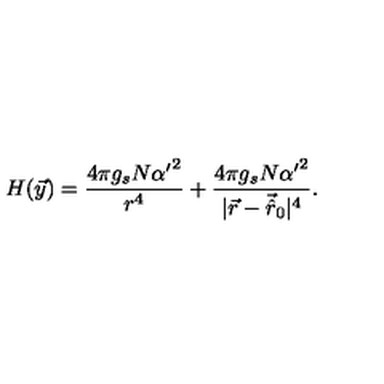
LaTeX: H ( \vec { y } ) = \frac { 4 \pi g _ { s } N { \alpha ^ { \prime } } ^ { 2 } } { r ^ { 4 } } + \frac { 4 \pi g _ { s } N { \alpha ^ { \prime } } ^ { 2 } } { | \vec { r } - \vec { \hat { r } } _ { 0 } | ^ { 4 } } .